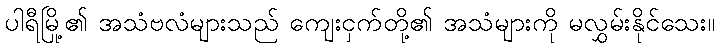
ပါရီမြို့၏ အသံဗလံများသည် ကျေးငှက်တို့၏ အသံများကို မလွှမ်းနိုင်သေး။